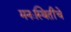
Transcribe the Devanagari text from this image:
मनःस्थितींचे